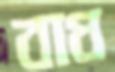
বাধ